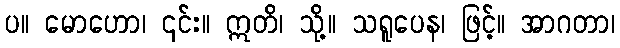
ပ။ မောဟော၊ ၎င်း။ ဣတိ၊ သို့။ သရူပေန၊ ဖြင့်။ အာဂတာ၊